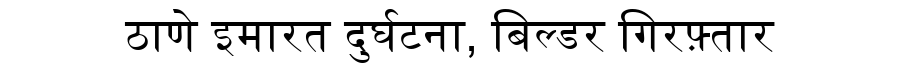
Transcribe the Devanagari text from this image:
ठाणे इमारत दुर्घटना, बिल्डर गिरफ़्तार